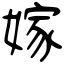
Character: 嫁